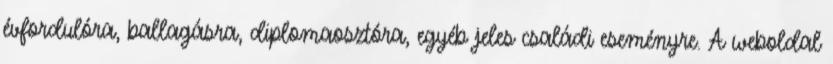
évfordulóra, ballagásra, diplomaosztóra, egyéb jeles családi eseményre. A weboldal